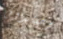
وصندوق